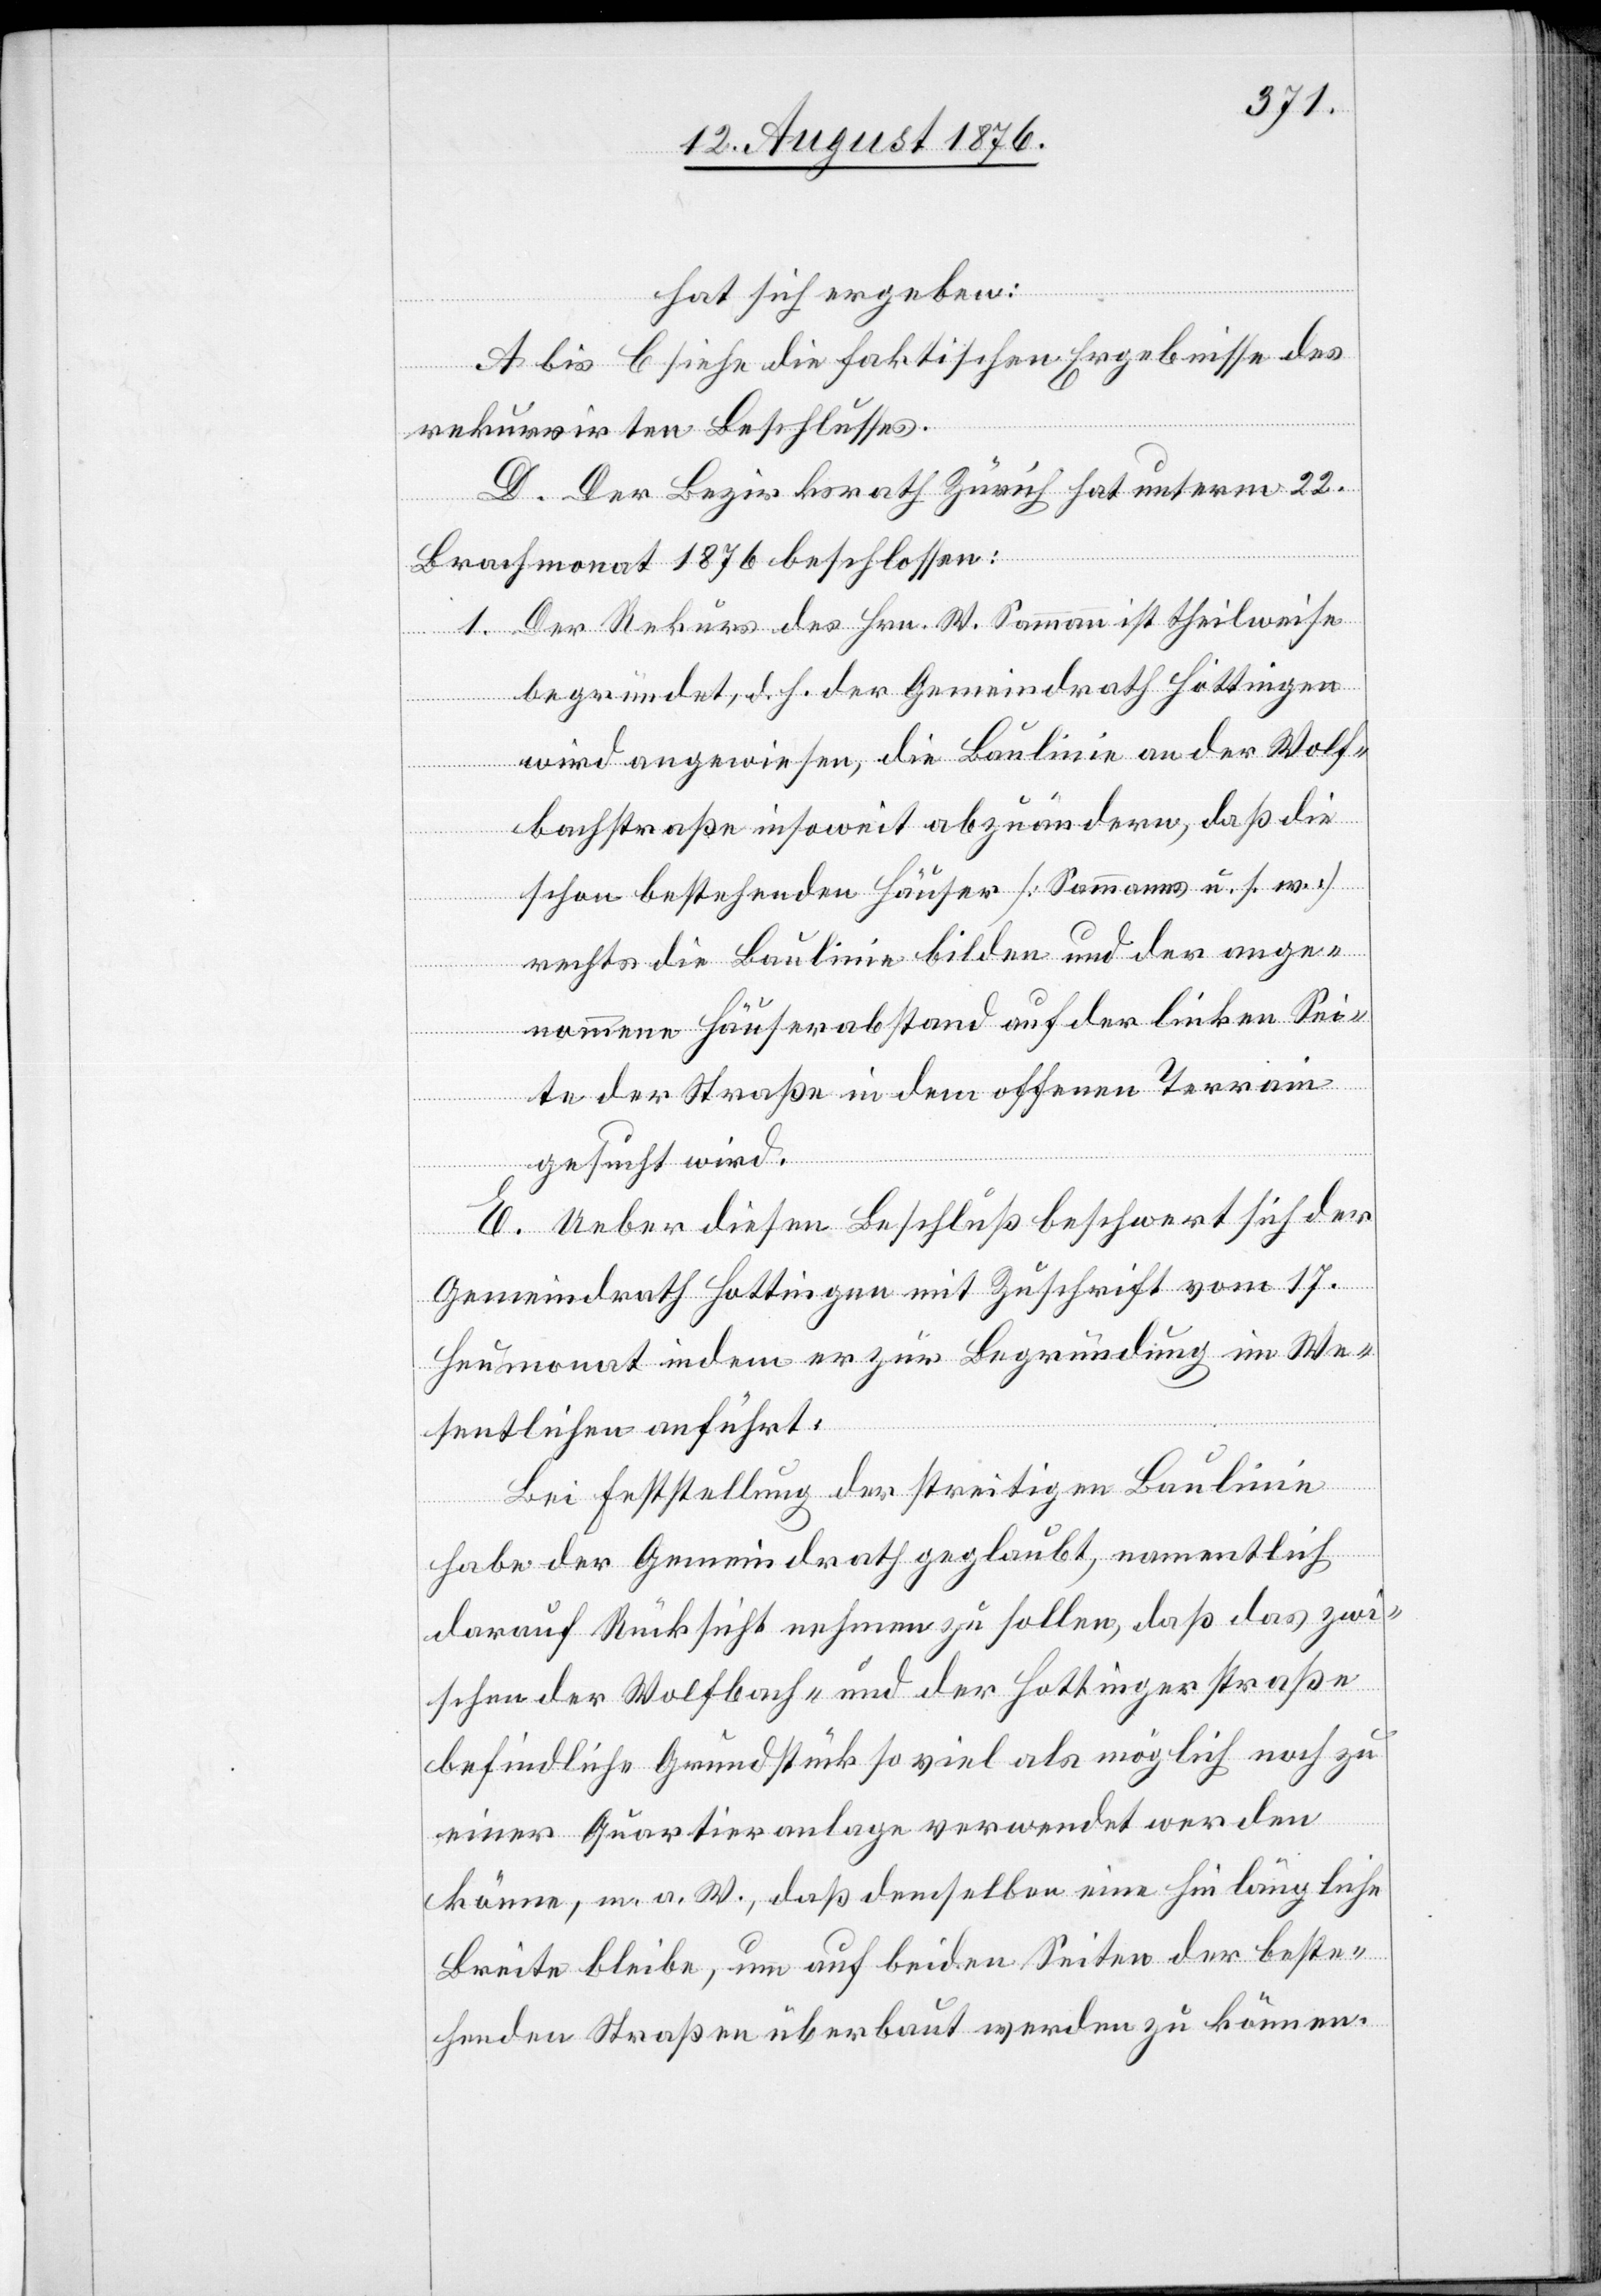
hat sich ergeben:
A bis C siehe die faktischen Ergebnisse des
rekurrirten Beschlusses.
D. Der Bezirksrath Zürich hat unterm 22.
Brachmonat 1876 beschlossen:
1. Der Rekurs des Hrn. W. Sammann ist theilweise
begründet, d. h. der Gemeindrath Hottingen
wir angewiesen, die Baulinie an der Wolf¬
bachstraße insoweit abzuändern, das die
schon bestehenden Häuser [Sammanns u. s. w.]
rechts die Baulinie bilden und der ange¬
nommene Häuserabstand auf der linken Sei¬
te der Straße in dem offenen Terrain
gesucht wird.
E. Ueber diesen Beschluß beschwert sich der
Gemeindrath Hottingen mit Zuschrift vom 17.
Heumonat indem er zur Begründung im We¬
sentlichen anführt:
Bei Feststellung der streitigen Baulinie
habe der Gemeindrath geglaubt, namentlich
darauf Rücksicht nehmen zu sollen, daß das zwi¬
schen der Wolfbach- und der Hottingerstraße
befindliche Grundstück so viel als möglich noch zu
einer Quartieranlage verwendet werden
könne, m. a. W., daß demselben eine hinlängliche
Breite bleibe, um auf beiden Seiten der beste¬
henden Straßen überbaut werden zu können.